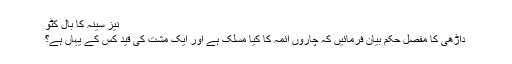
نیز سینہ کا بال کٹو
داڑھی کا مفصل حکم بیان فرمائیں کہ چاروں ائمہ کا کیا مسلک ہے اور ایک مشت کی قید کس کے یہاں ہے؟